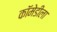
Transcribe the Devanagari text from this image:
कॉमेडीला